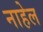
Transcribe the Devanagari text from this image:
नाहेल